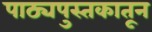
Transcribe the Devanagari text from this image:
पाठ्यपुस्तकातून